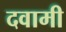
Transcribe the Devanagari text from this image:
दवामी